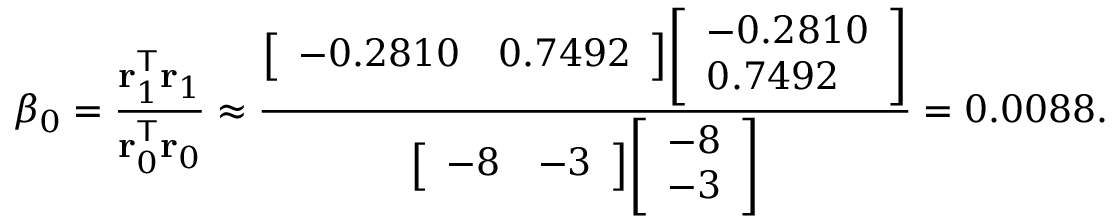
\beta _ { 0 } = { \frac { \mathbf { r } _ { 1 } ^ { \mathsf { T } } \mathbf { r } _ { 1 } } { \mathbf { r } _ { 0 } ^ { \mathsf { T } } \mathbf { r } _ { 0 } } } \approx { \frac { { \left[ \begin{array} { l l } { - 0 . 2 8 1 0 } & { 0 . 7 4 9 2 } \end{array} \right] } { \left[ \begin{array} { l } { - 0 . 2 8 1 0 } \\ { 0 . 7 4 9 2 } \end{array} \right] } } { { \left[ \begin{array} { l l } { - 8 } & { - 3 } \end{array} \right] } { \left[ \begin{array} { l } { - 8 } \\ { - 3 } \end{array} \right] } } } = 0 . 0 0 8 8 .